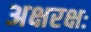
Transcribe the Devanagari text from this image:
अक्षरक्षः